Annual returns of the Patna Lunatic Asylum at Bankipore in Bihar and Orissa - 1912-1924
Year: 1912
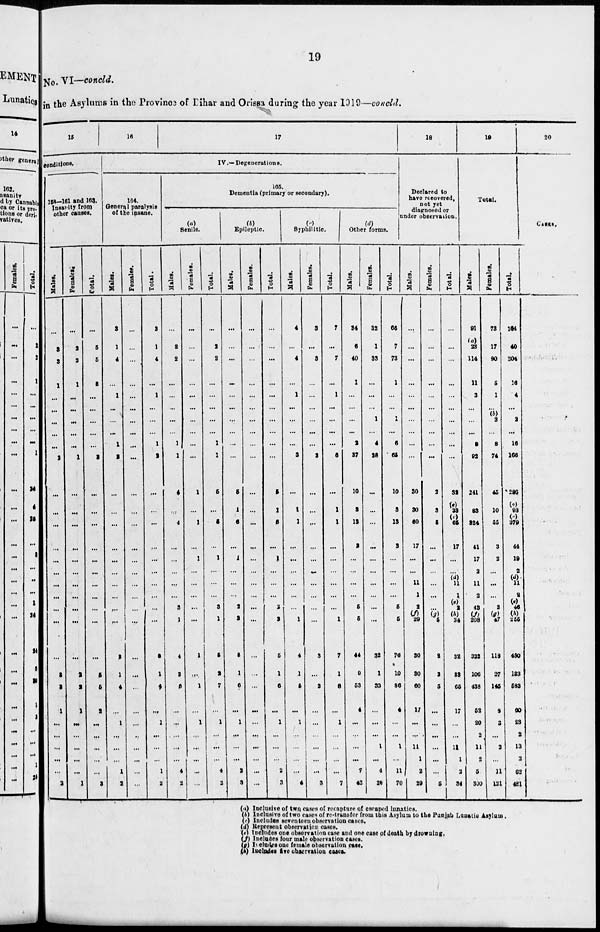
19
No. VI—concld.
in the Asylums in the Province of Bihar and Orissa during the year 1919—concld.
15
conditions.
156—161 and 163.
Insanity from
other causes.
Males.
...
3
3
1
...
...
...
...
...
2
...
...
...
...
...
...
...
...
...
...
...
3
3
1
...
...
...
...
...
2
Females.
...
2
5
1
...
...
...
...
...
1
...
...
...
...
...
...
...
...
...
...
...
2
2
1
...
...
...
...
...
1
Total.
...
5
5
2
...
...
...
...
...
3
...
...
...
...
...
...
...
...
...
...
...
5
5
2
...
...
...
...
...
3
16
17
IV.—Degenerations.
164.
General paralysis
of the insane.
Males.
3
1
4
...
1
...
...
...
1
2
...
...
...
...
...
...
...
...
...
...
2
1
4
...
1
...
...
...
1
2
Females.
...
...
...
...
...
...
...
...
...
...
...
...
...
...
...
...
...
...
...
...
...
...
...
...
...
..
...
...
...
...
Total.
3
1
4
...
1
...
...
...
1
2
...
...
...
...
...
...
...
...
...
...
2
1
4
...
1
...
...
1
2
165.
Dementia (primary or secondary).
(a)
Senile.
Males.
...
2
2
...
...
...
...
...
1
1
4
...
4
...
...
...
...
...
3
1
4
9
6
...
...
...
...
...
4
2
Females.
...
...
...
...
...
...
...
...
...
...
1
...
1
...
1
...
...
...
...
...
1
...
1
...
1
...
...
...
...
...
Total.
...
2
2
...
...
...
...
...
1
1
5
...
5
...
1
...
...
...
3
1
5
9
7
...
1
...
...
...
4
2
(b)
Epileptic
Males.
...
...
...
...
...
...
...
...
...
...
5
1
6
...
1
...
...
...
2
3
5
1
6
...
1
...
...
...
2
3
Females.
...
...
...
...
...
...
...
...
...
...
...
...
...
...
...
...
...
...
...
...
...
...
...
...
...
...
...
...
...
...
Total.
...
...
...
...
...
...
...
...
...
...
5
1
6
...
1
...
...
...
2
3
5
1
6
...
1
...
...
...
2
3
(c)
Syphilitic.
Males.
4
...
4
...
1
...
...
...
...
3
...
1
1
...
...
...
...
...
...
1
4
1
5
...
1
...
...
...
...
4
Females.
3
...
3
...
...
...
...
...
...
3
...
...
...
...
...
...
...
...
...
...
3
...
3
...
...
...
...
...
...
3
Total.
7
...
7
...
1
...
...
...
...
6
...
1
1
...
...
...
...
...
...
1
7
1
8
...
1
...
...
...
...
7
(d)
Other forms.
Males.
34
6
40
1
...
...
...
...
2
37
10
3
13
3
...
...
...
...
5
5
44
9
53
4
...
...
...
...
7
42
Females.
32
1
33
...
...
...
1
...
4
28
...
...
...
...
...
...
...
...
...
...
32
1
33
...
...
...
1
...
4
28
Total.
66
7
73
1
...
...
1
...
6
65
10
3
13
3
...
...
...
...
5
5
76
10
86
4
...
...
1
...
11
70
18
Declared to
have recovered,
not yet
diagnosed or
under observation.
Males.
...
...
...
...
...
...
...
...
...
30
30
60
17
...
...
11
1
2
(f)
29
30
30
60
17
...
...
11
1
2
29
Females.
...
...
...
...
...
...
...
...
...
...
2
3
5
...
...
...
...
...
...
(g)
5
2
3
5
...
...
...
...
...
...
5
Total.
...
...
...
...
...
...
...
...
...
...
32
(e)
33
(c)
65
17
...
...
(d)
11
1
(e)
2
(h)
34
32
33
65
17
...
...
11
1
3
34
19
Total.
Males.
91
(a)
23
114
11
3
...
...
...
8
92
241
83
324
41
17
2
11
2
43
(f)
208
332
106
438
52
20
2
11
2
5
300
Females.
73
17
90
5
1
...
(b)
2
...
8
74
45
10
55
3
2
...
...
...
3
(g)
47
118
27
145
8
3
...
2
...
11
121
Total.
164
40
204
16
4
...
2
...
16
166
286
(c)
93
(c)
379
44
19
2
(d)
11
2
(e)
46
(h)
255
450
183
583
60
23
2
13
2
62
421
20
CASES.
(a) Inclusive of two cases of recapture of escaped lunatics.
(b) Inclusive of two cases of re-transfer from this Asylum to the Punjab Lunatic Asylum .
(c) Includes seventeen observation cases.
(d) Represent observation cases.
(e) Includes one observation case and one case of death by drowning,
(f) Includes four male observation cases.
(g) Includes one female observation case.
(h) Includes five observation cases.